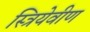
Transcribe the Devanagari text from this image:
स्त्रियेवीण